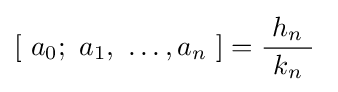
\left[\ a_{0};\ a_{1},\ \dots ,a_{n}\ \right]={\frac {h_{n}}{\ k_{n}\ }}~